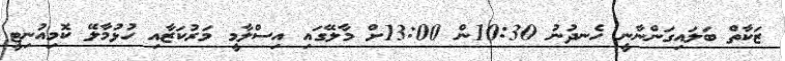
ޒަކާތް ބަލައިގަންނާނީ ހެނދުނު 10:30ން 13:00ށް މާލޭގައި އިސްލާމީ މަރުކަޒާއި ހުޅުމާލޭ ކޮމިއުނިޓީ